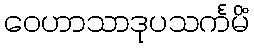
ဝေဟာသာဒုပသင်္ကမိံ